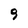
Character: 9